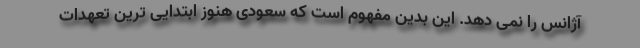
آژانس را نمی دهد. این بدین مفهوم است که سعودی هنوز ابتدایی ترین تعهدات